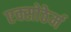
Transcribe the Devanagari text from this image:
एक्सोठेर्म